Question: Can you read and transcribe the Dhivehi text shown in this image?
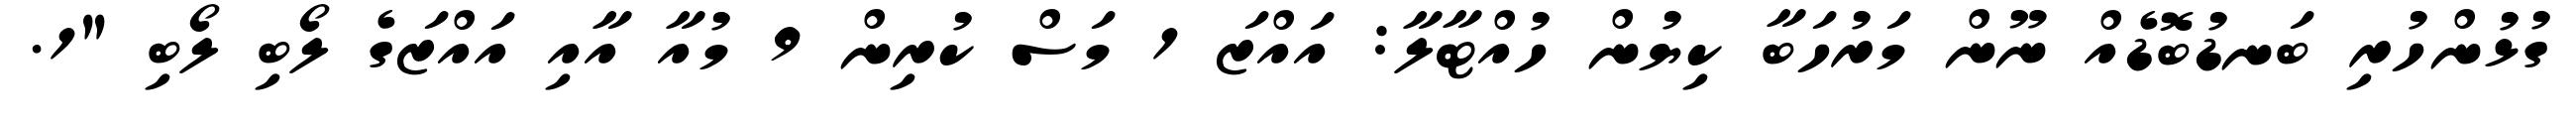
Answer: ގުޅުންހުރި ބަނޑުބޮޑެއް ނޫން މަރުހަބާ ކިޔުން ހުއްޓާލާ: އައްޒަ 1 މަސް ކުރިން 9 މުއާ އާއި އައްޒަގެ ލޯބި ލޯބި "1.